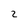
Character: Z